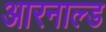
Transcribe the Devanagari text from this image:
आरनाल्ड